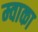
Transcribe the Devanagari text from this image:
म्वाका